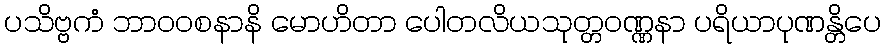
ပသိဗ္ဗကံ ဘာဝဝစနာနိ မောဟိတာ ပေါတလိယသုတ္တဝဏ္ဏနာ ပရိယာပုဏန္တိပေ